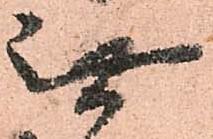
無